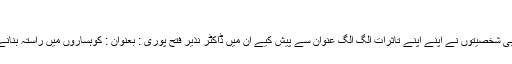
۳)
اس کتاب کے حوالے سے مختلف ادبی شخصیتوں نے اپنے اپنے تاثرات الگ الگ عنوان سے پیش کیے ان میں ڈاکٹر نذیر فتح پوری : بعنوان : کوہساروں میں راستہ بنانے ولا فنکار قیوم کنولؔ ، عظیم اختر ۔